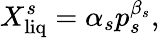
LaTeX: X_{\mathrm{liq}}^{s}=\alpha_{s}p_{s}^{\beta_{s}},